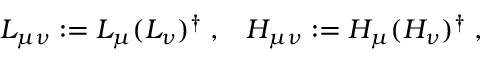
L _ { \mu \nu } : = L _ { \mu } ( L _ { \nu } ) ^ { \dagger } \; , \; \; \; H _ { \mu \nu } : = H _ { \mu } ( H _ { \nu } ) ^ { \dagger } \; ,